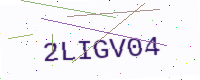
Text: 2LIGV04